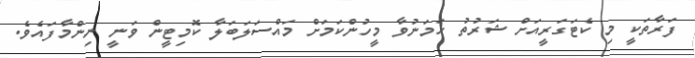
ފަރާތަކީ މި ކެޓަގަރީއަށް ޝަރުތު ހަމަނުވާ މީހުންކަމަށް މައްސަލަބަލާ ކޮމިޓީން ވަނީ ނިންމާފައެވެ.